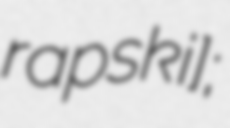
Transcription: ˈɡrapskʲi];